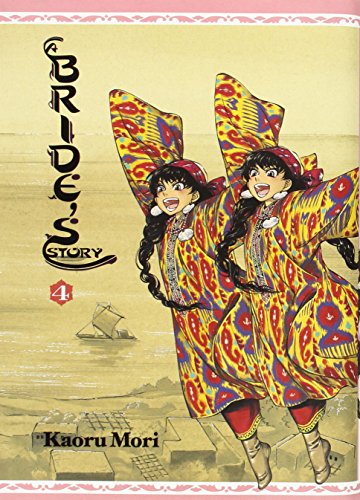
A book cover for A Bride's Story, Vol. 4; Comics & Graphic Novels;